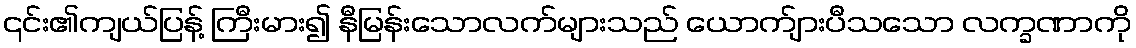
၎င်း၏ကျယ်ပြန့် ကြီးမား၍ နီမြန်းသောလက်များသည် ယောက်ျားပီသသော လက္ခဏာကို